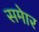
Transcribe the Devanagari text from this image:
समेार